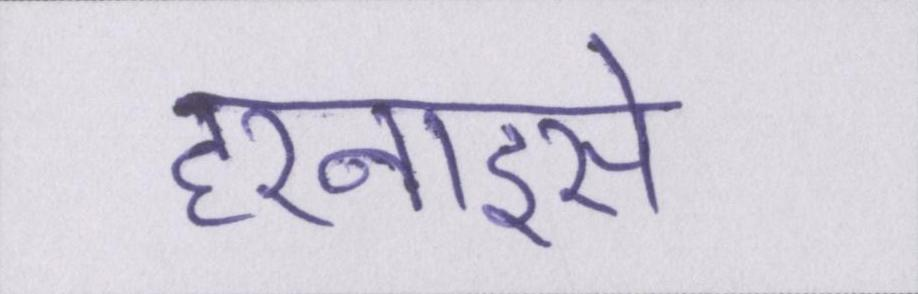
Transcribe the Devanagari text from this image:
हरनाइसे